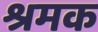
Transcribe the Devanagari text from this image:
श्रमक